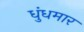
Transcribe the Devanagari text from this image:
धुंधमार